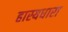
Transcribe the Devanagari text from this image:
हास्यधारा